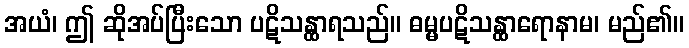
အယံ၊ ဤ ဆိုအပ်ပြီးသော ပဋိသန္ထာရသည်။ ဓမ္မပဋိသန္ထာရောနာမ၊ မည်၏။